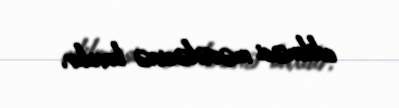
edilməsi məsələsinə baxılır.